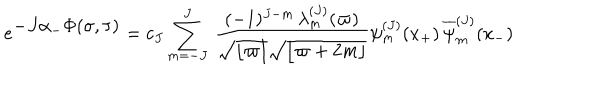
e ^ { \textstyle - J \alpha _ { - } \Phi ( \sigma , \tau ) } = c _ { J } \sum _ { m = - J } ^ { J } \, { \frac { ( - 1 ) ^ { J - m } \, \lambda _ { m } ^ { ( J ) } ( \varpi ) } { \sqrt { \lfloor \varpi \rfloor } \sqrt { \lfloor \varpi + 2 m \rfloor } } } \psi _ { m } ^ { ( J ) } ( x _ { + } ) \, { \overline { { \psi } } _ { m } ^ { ( J ) } } ( x _ { - } )